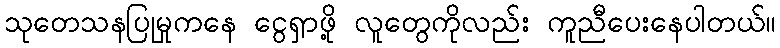
သုတေသနပြုမှုကနေ ငွေရှာဖို့ လူတွေကိုလည်း ကူညီပေးနေပါတယ်။